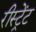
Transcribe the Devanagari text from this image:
रीस्ट्रेंट